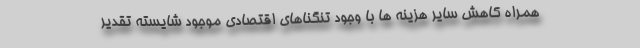
همراه کاهش سایر هزینه ها با وجود تنگناهای اقتصادی موجود شایسته تقدیر